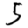
Digit: 5